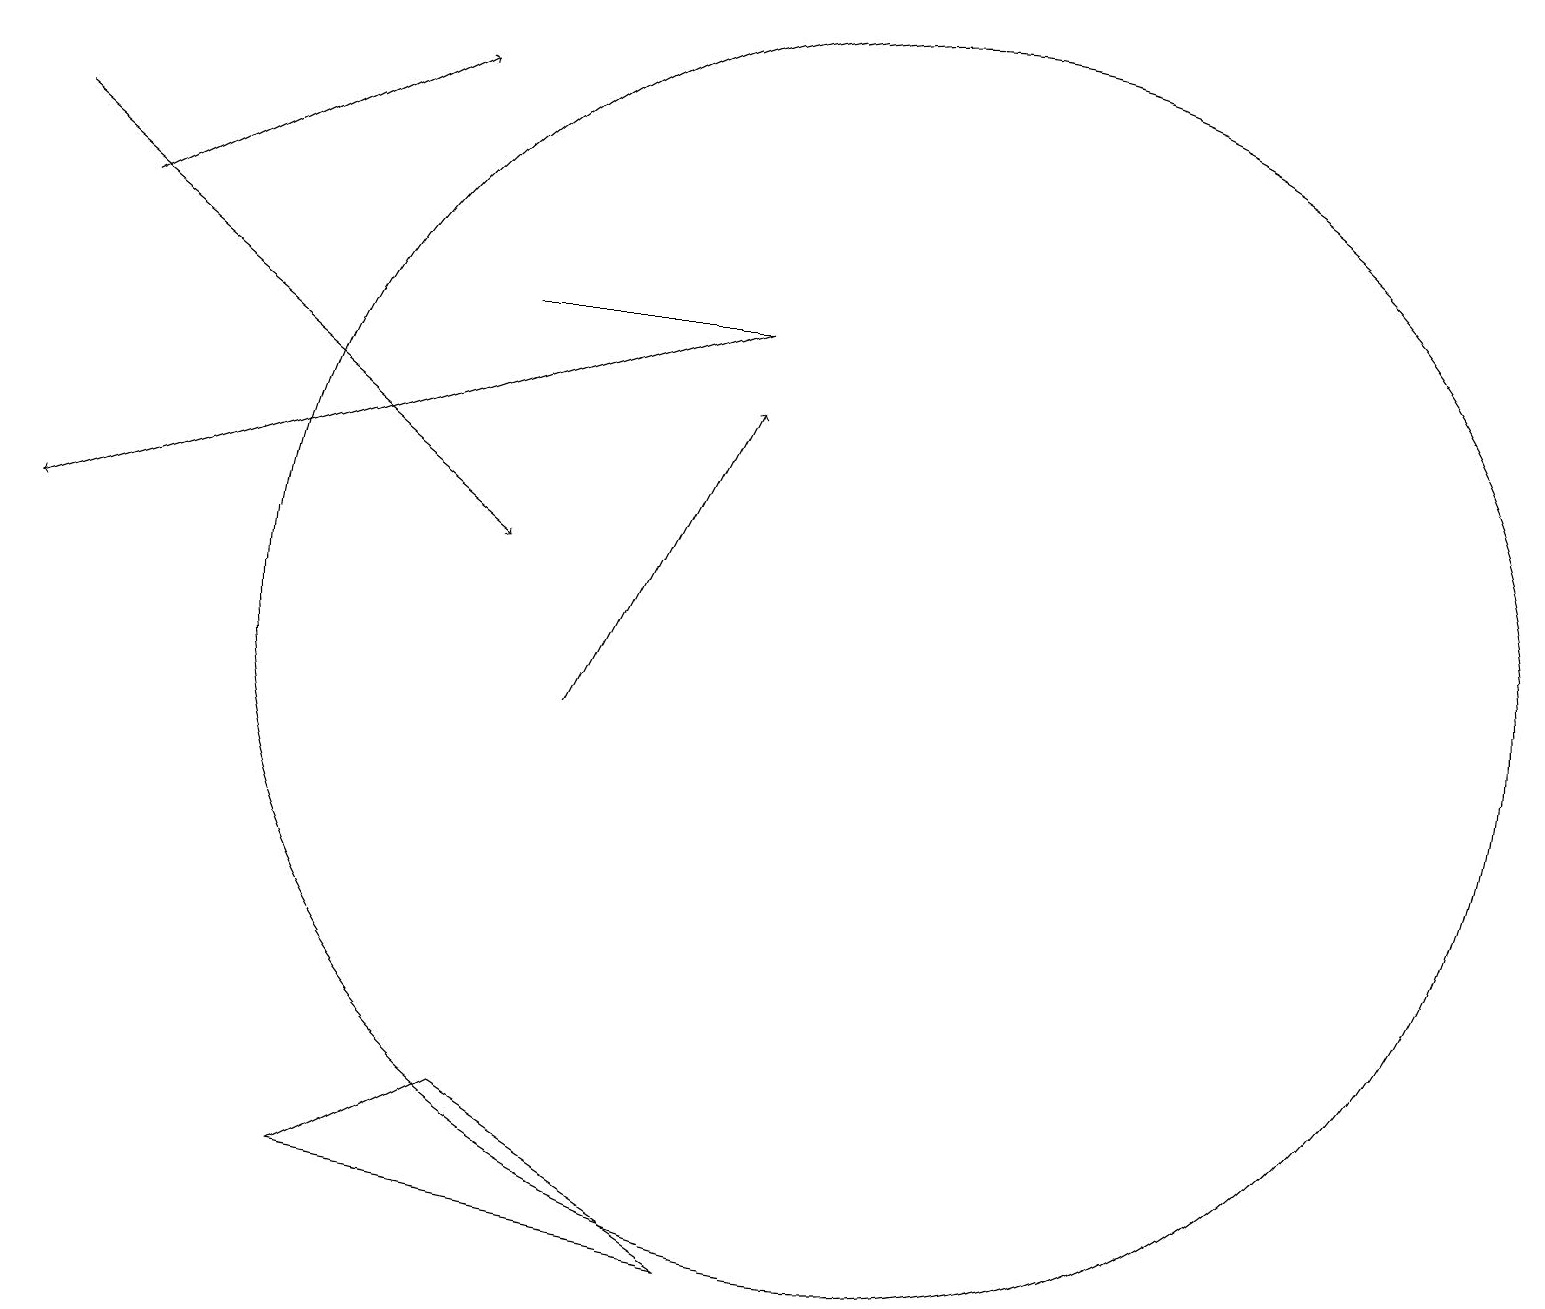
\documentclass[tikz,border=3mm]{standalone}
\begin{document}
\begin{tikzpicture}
\draw (4,4) -- (6,5) -- (9,3) -- cycle;
\draw (6,15) rectangle (9,15);
\draw[->] (1,16) -- (5,18);
\draw[->] (7,10) -- (9,14);
\draw (11,11) circle (8);
\draw[->] (9,15) -- (0,12);
\draw[->] (0,17) -- (6,12);
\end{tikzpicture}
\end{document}